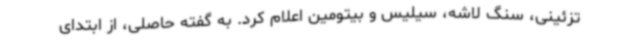
تزئینی، سنگ لاشه، سیلیس و بیتومین اعلام کرد. به گفته حاصلی، از ابتدای